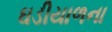
ઘડીયાળના